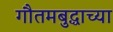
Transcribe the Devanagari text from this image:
गौतमबुद्धाच्या